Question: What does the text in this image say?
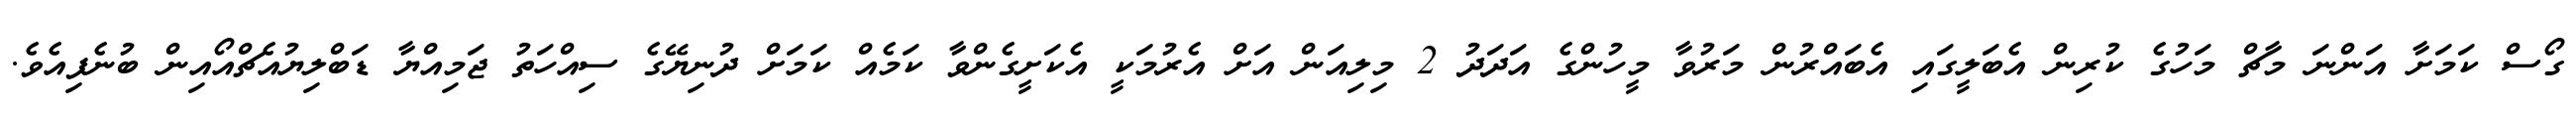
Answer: ގޯސް ކަމަށާ އަންނަ މާޗް މަހުގެ ކުރިން އެބަލީގައި އެބައްރުން މަރުވާ މީހުންގެ އަދަދު 2 މިލިއަން އަށް އެރުމަކީ އެކަށީގެންވާ ކަމެއް ކަމަށް ދުނިޔޭގެ ސިއްހަތު ޖަމިއްޔާ ޑަބްލިޔުއެޗްއޯއިން ބުނެފިއެވެ.